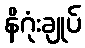
နိဂုံးချုပ်